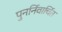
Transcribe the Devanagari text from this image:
पुनर्निवार्चित